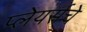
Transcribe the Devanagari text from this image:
प्लेयर्सचे